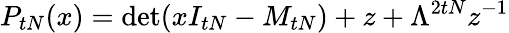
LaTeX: P_{tN}(x)=\operatorname*{det}(xI_{tN}-M_{tN})+z+\Lambda^{2tN}z^{-1}